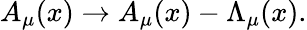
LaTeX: A_{\mu}(x)\rightarrow A_{\mu}(x)-\Lambda_{\mu}(x).